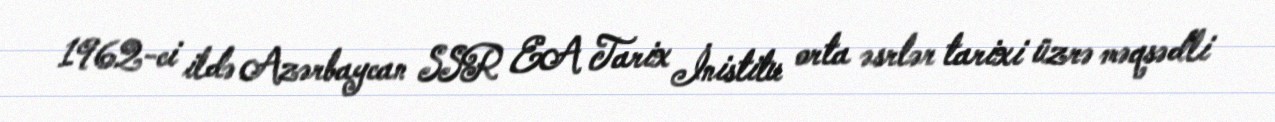
1962-ci ildə Azərbaycan SSR EA Tarix İnistitu orta əsrlər tarixi üzrə məqsədli